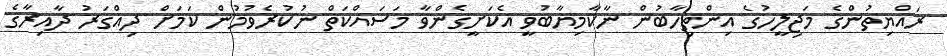
ރައްޔިތުންގެ މަޖިލީހުގެ އިންތިހާބުން ނާކާމިޔާބުވީ އެކަށީގެންވާ މަސައްކަތް ނުކުރެވުމުން ކަމަށް ދިއްގަރު ދާއިރާގެ